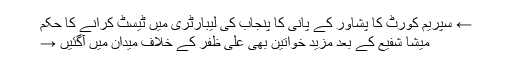
← سپریم کورٹ کا پشاور کے پانی کا پنجاب کی لیبارٹری میں ٹیسٹ کرانے کا حکم
میشا شفیع کے بعد مزید خواتین بھی علی ظفر کے خلاف میدان میں آگئیں →